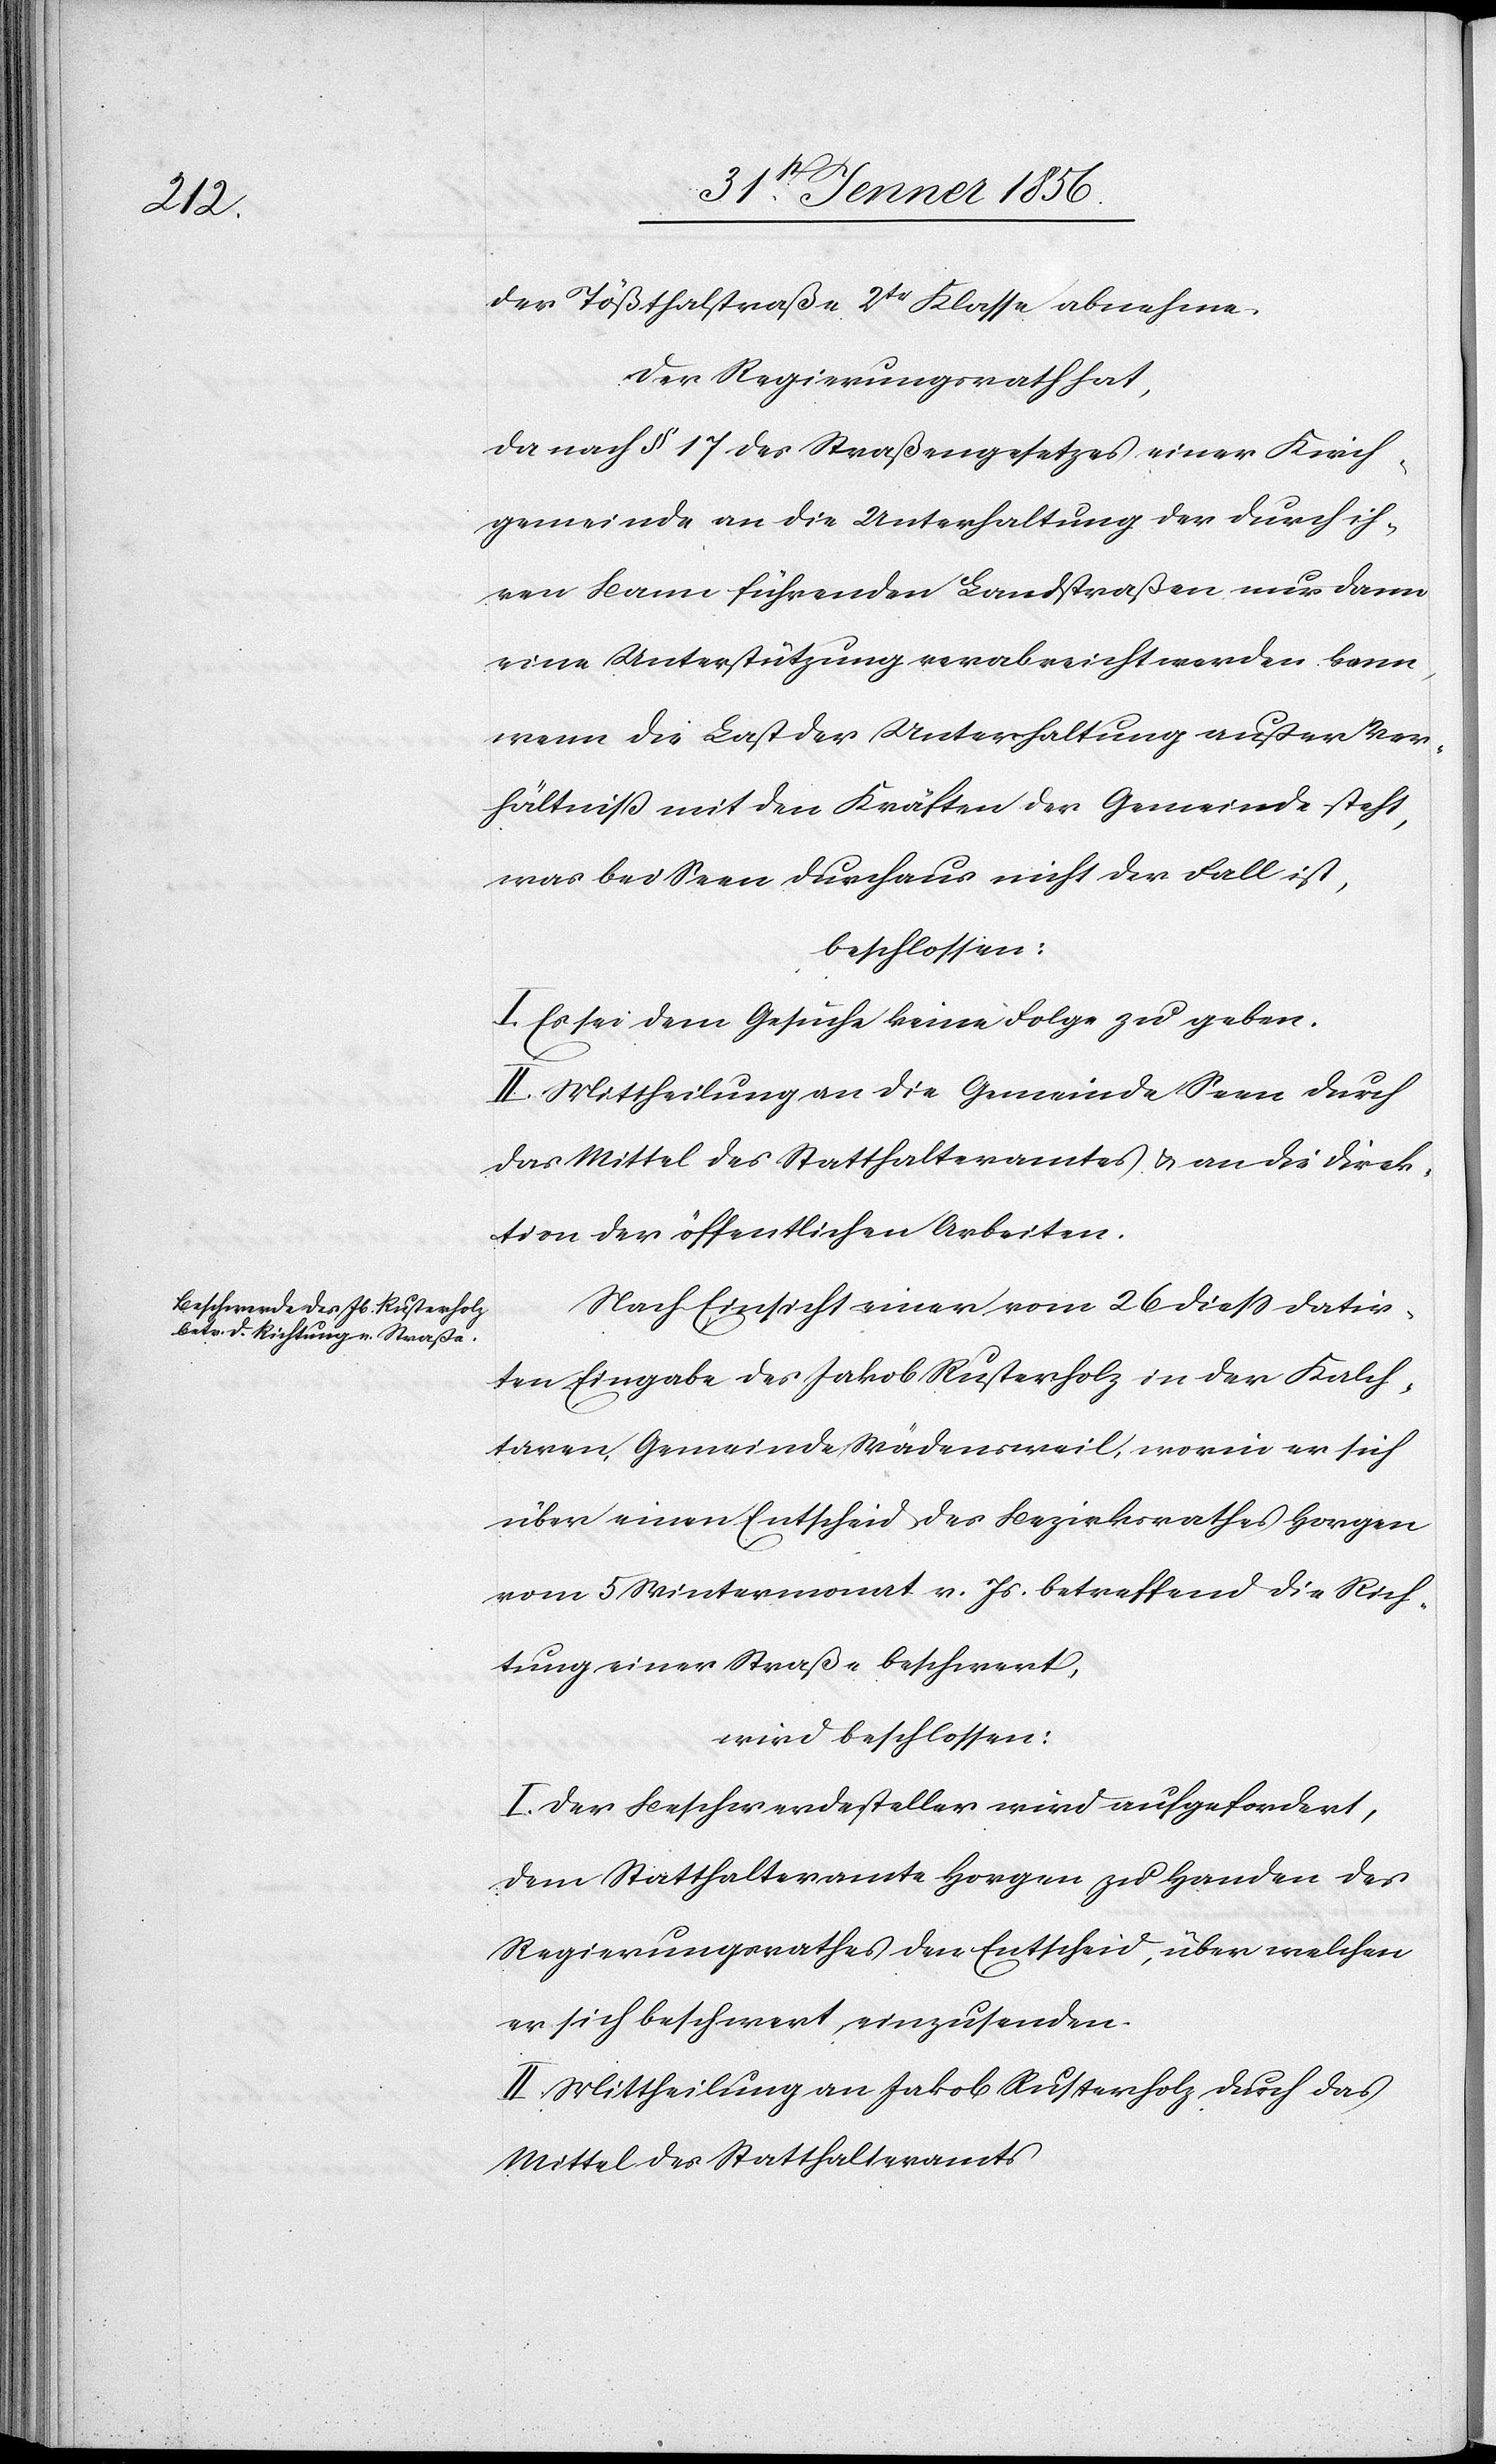
der Tößthalstraße 2tr Klasse abnehme.
Der Regierungsrath hat,
da nach § 17 des Straßengesetzes einer Kirch¬
gemeinde an die Unterhaltung der durch ih¬
ren Bann führenden Landstraßen nur dann
eine Unterstützung verabreicht werden kann,
wenn die Last der Unterhaltung außer Ver¬
hältniß mit den Kräften der Gemeinde steht,
was bei Seen durchaus nicht der Fall ist,
beschlossen:
I. Es sei dem Gesuche keine Folge zu geben.
II. Mittheilung an die Gemeinde Seen durch
das Mittel des Statthalteramtes & an die Direk¬
tion der öffentlichen Arbeiten.
Nach Einsicht einer vom 26 dieß datir¬
ten Eingabe des Jakob Rusterholz in der Kalch¬
taren, Gemeinde Wädensweil, worin er sich
über einen Entscheid des Bezirksrathes Horgen
vom 5 Wintermonat v. Js. betreffend die Rich¬
tung einer Straße beschwert,
wird beschlossen:
I. Der Beschwerdesteller wird aufgefordert,
dem Statthalteramte Horgen zu Handen des
Regierungsrathes den Entscheid, über welchen
er sich beschwert, einzusenden.
II. Mittheilung an Jakob Rusterholz durch das
Mittel des Statthalteramt.